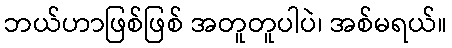
ဘယ်ဟာဖြစ်ဖြစ် အတူတူပါပဲ၊ အစ်မရယ်။